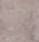
أين